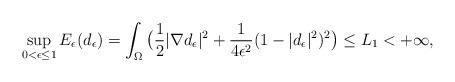
LaTeX: \begin{align*}\sup_{0<\epsilon\le 1}E_\epsilon(d_\epsilon)=\int_\Omega \big(\frac12|\nabla d_\epsilon|^2+\frac{1}{4\epsilon^2}(1-|d_\epsilon|^2)^2\big)\le L_1<+\infty,\end{align*}